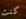
كنت